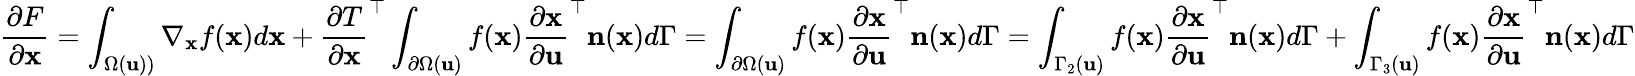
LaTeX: \frac{\partial F}{\partial\mathbf{x}}=\int_{\Omega(\mathbf{u}))}\nabla_{\mathbf{x}}f(\mathbf{x})d\mathbf{x}+\frac{\partial T}{\partial\mathbf{x}}^{\top}\int_{\partial\Omega(\mathbf{u})}f(\mathbf{x})\frac{\partial\mathbf{x}}{\partial\mathbf{u}}^{\top}\mathbf{n}(\mathbf{x})d\Gamma=\int_{\partial\Omega(\mathbf{u})}f(\mathbf{x})\frac{\partial\mathbf{x}}{\partial\mathbf{u}}^{\top}\mathbf{n}(\mathbf{x})d\Gamma=\int_{\Gamma_{2}(\mathbf{u})}f(\mathbf{x})\frac{\partial\mathbf{x}}{\partial\mathbf{u}}^{\top}\mathbf{n}(\mathbf{x})d\Gamma+\int_{\Gamma_{3}(\mathbf{u})}f(\mathbf{x})\frac{\partial\mathbf{x}}{\partial\mathbf{u}}^{\top}\mathbf{n}(\mathbf{x})d\Gamma